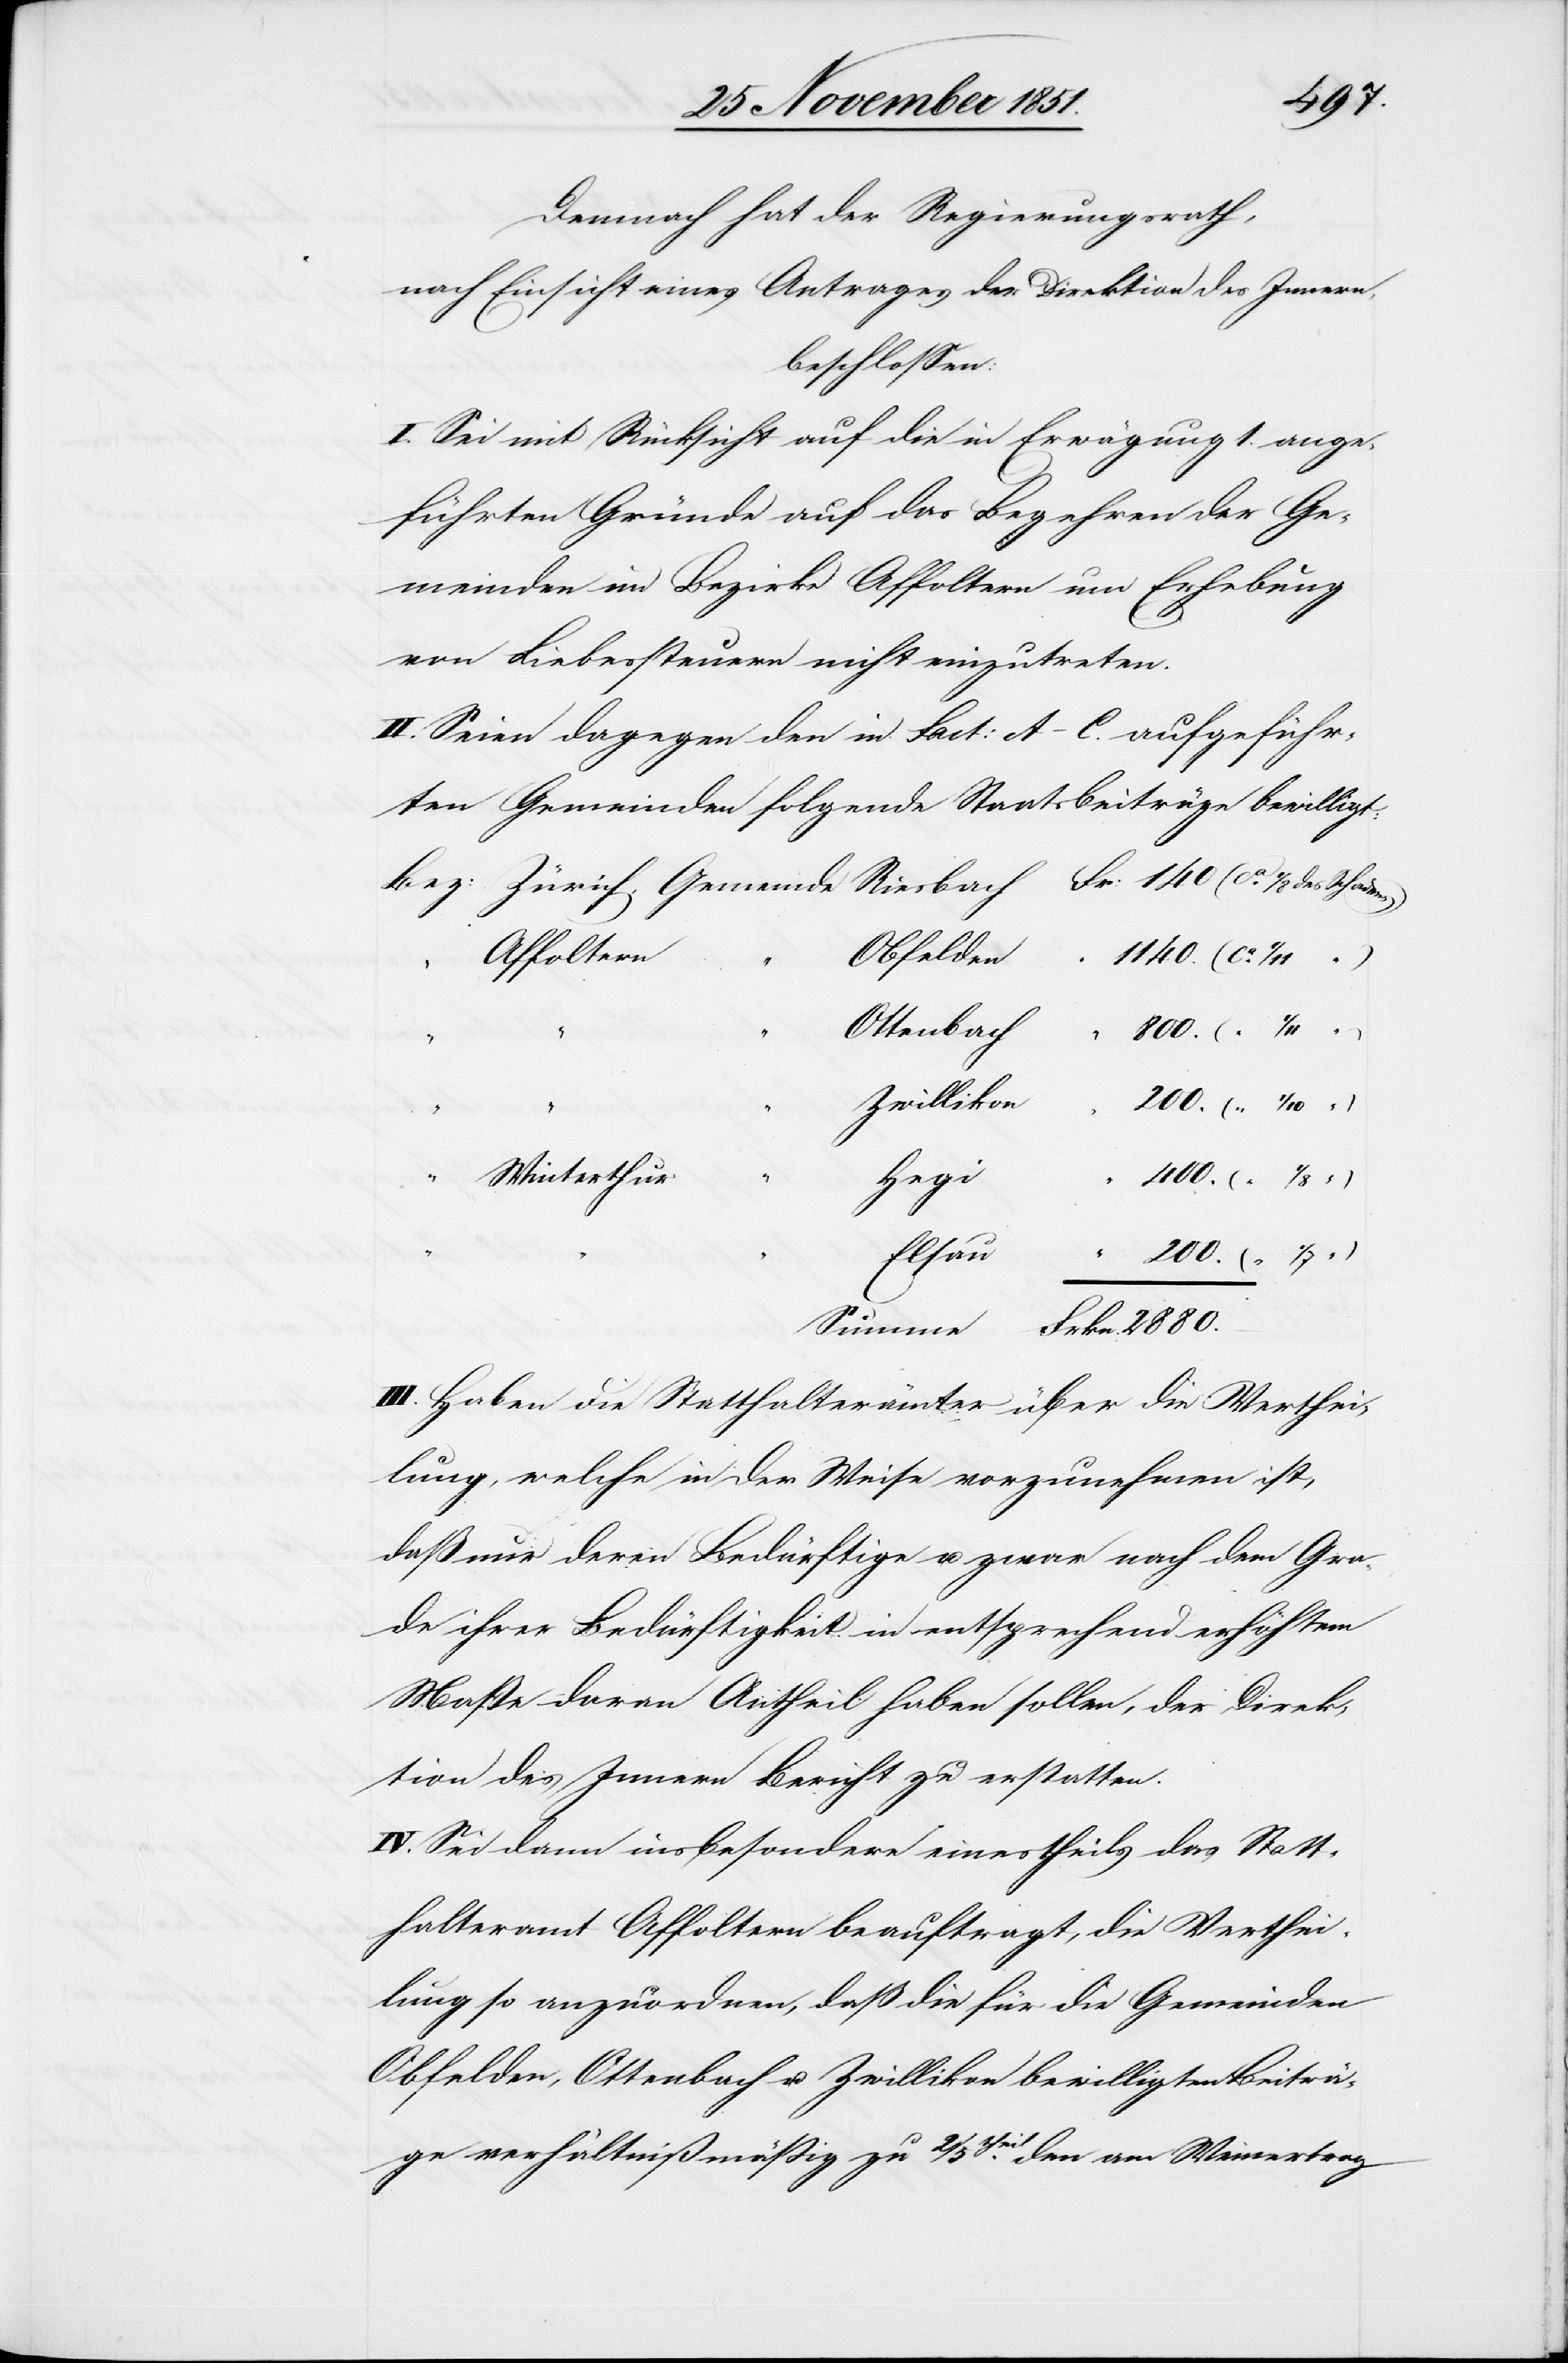
2880.
Demnach hat der Regierungsrath,
nach Einsicht eines Antrages der Direktion des Innern,
beschlossen:
I. Sei mit Rücksicht auf die in Erwägung 1. ange¬
führten Gründe auf das Begehren der Ge¬
meinden im Bezirke Affoltern um Erhebung
von Liebessteuern nicht einzutreten.
II. Seien dagegen den in Fact: A–C. aufgeführ¬
ten Gemeinden folgende Staatsbeiträge bewilligt:
Obfelden
Affoltern
“
)
Ottenbach
Zwillikon
)
Frkn.
Hegi
Winterthur
Elsau
III. Haben die Statthalterämter über die Verthei¬
lung, welche in der Weise vorzunehmen ist,
daß nur deren Bedürftige u. zwar nach dem Gra¬
de ihrer Bedürftigkeit in entsprechend erhöhtem
Maße daran Antheil haben sollen, der Direk¬
tion des Innern Bericht zu erstatten.
IV. Sei dann insbesondere einestheils das Statt¬
halteramt Affoltern beauftragt, die Verthei¬
lung so anzuordnen, daß die für die Gemeinden
Obfelden, Ottenbach u. Zwillikon bewilligten Beiträ¬
ge verhältnißmäßig zu 2/5theil. den am Weinertrag